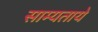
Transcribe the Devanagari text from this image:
साम्यताये